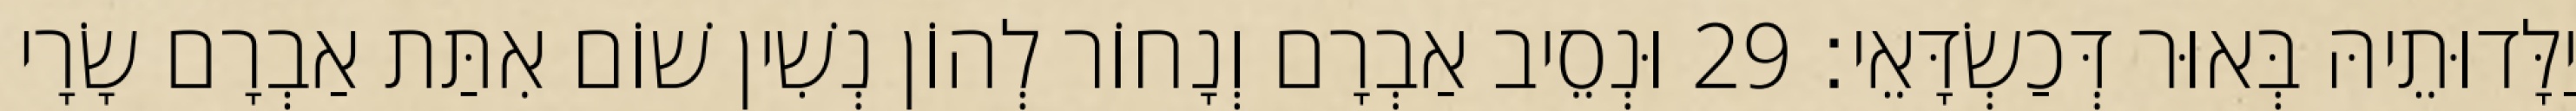
יַלָּדוּתֵיהּ בְּאוּר דְּכַשְׂדָּאֵי׃ 29 וּנְסֵיב אַבְרָם וְנָחוֹר לְהוֹן נְשִׁין שׁוֹם אִתַּת אַבְרָם שָׂרָי